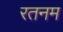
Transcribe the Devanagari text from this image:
रतनम